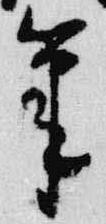
筆